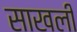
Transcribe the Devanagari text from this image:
साखली